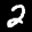
Label: 2